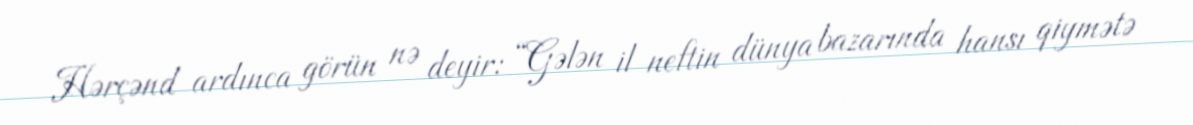
Hərçənd ardınca görün nə deyir: “Gələn il neftin dünya bazarında hansı qiymətə